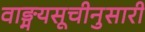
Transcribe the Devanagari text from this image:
वाङ्मयसूचीनुसारी